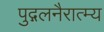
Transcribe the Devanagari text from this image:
पुद्गलनैरात्म्य